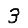
Digit: 3